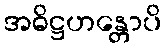
အဓိဋ္ဌဟန္တောပိ